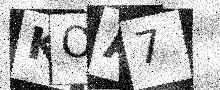
Text: KOA7